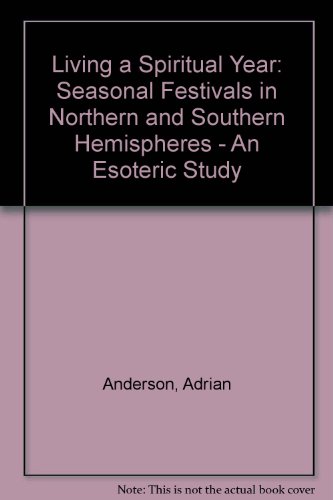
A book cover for Living a Spiritual Year: Seasonal Festivals in Northern and Southern Hemispheres : An Esoteric Study; Adrian Anderson; Religion & Spirituality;